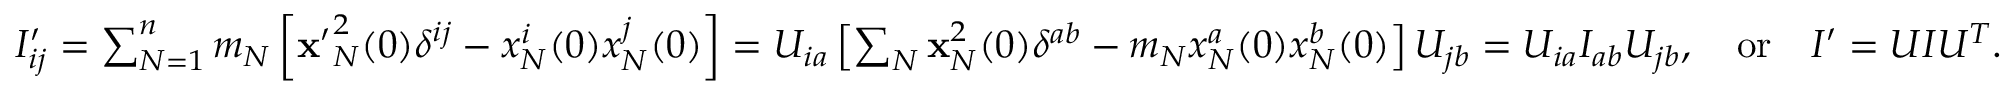
\begin{array} { r } { I _ { i j } ^ { \prime } = \sum _ { N = 1 } ^ { n } m _ { N } \left[ { \bf x ^ { \prime } } _ { N } ^ { 2 } ( 0 ) \delta ^ { i j } - x _ { N } ^ { i } ( 0 ) x _ { N } ^ { j } ( 0 ) \right] = U _ { i a } \left[ \sum _ { N } { \bf x } _ { N } ^ { 2 } ( 0 ) \delta ^ { a b } - m _ { N } x _ { N } ^ { a } ( 0 ) x _ { N } ^ { b } ( 0 ) \right] U _ { j b } = U _ { i a } I _ { a b } U _ { j b } , \quad \mathrm { o r } \quad I ^ { \prime } = U I U ^ { T } . \quad } \end{array}